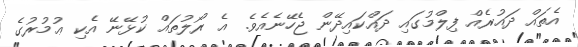
އެތައް ދައުރެއް ފިލްމުގައި ދައްކައިދޭން ޖެހޭނެއެވެ. އެ ރޯލުތައް ކުޅޭނޭ އެކި ޢުމުރުގެ